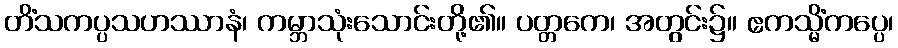
တိံသကပ္ပသဟဿာနံ၊ ကမ္ဘာသုံးသောင်းတို့၏။ ပတ္တကေ၊ အတွင်း၌။ ဧကသ္မိံကပ္ပေ၊